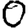
Digit: 0